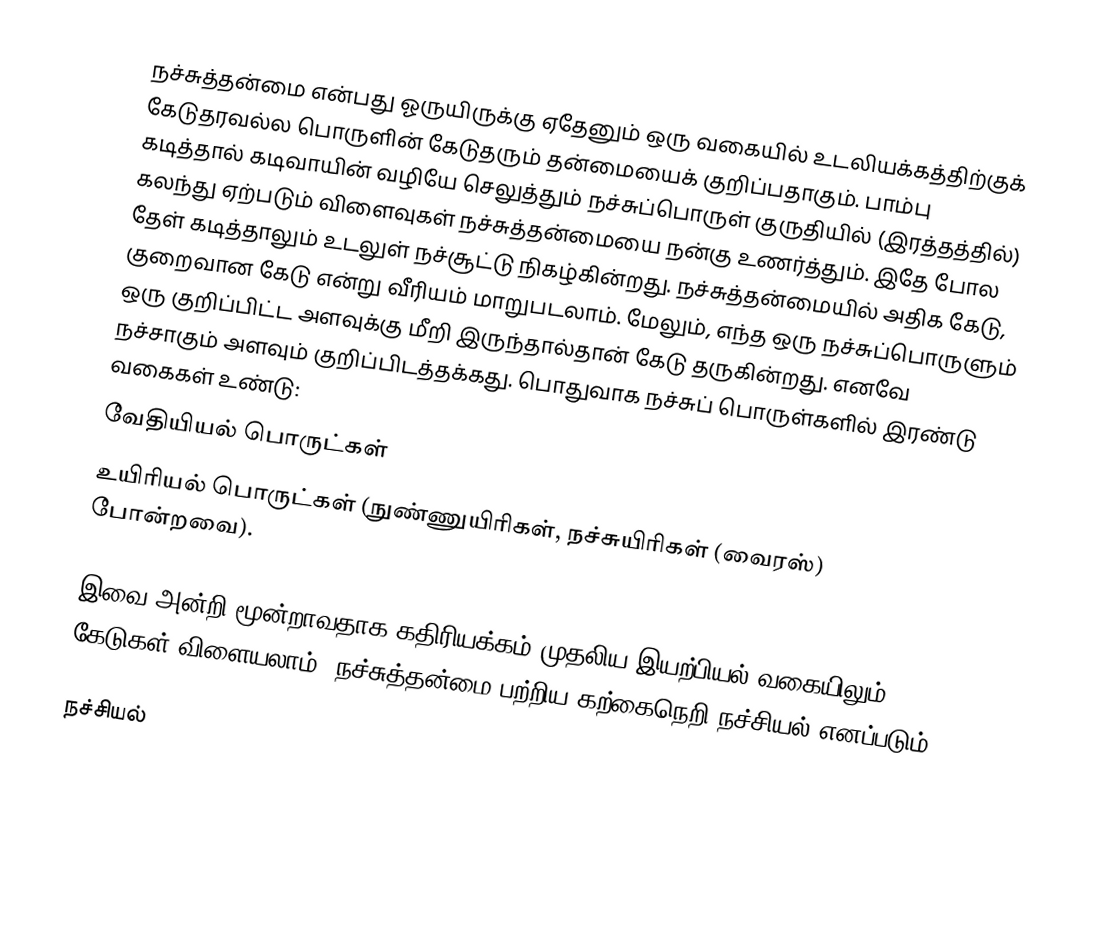
நச்சுத்தன்மை என்பது ஓருயிருக்கு ஏதேனும் ஒரு வகையில் உடலியக்கத்திற்குக் கேடுதரவல்ல பொருளின் கேடுதரும் தன்மையைக் குறிப்பதாகும். பாம்பு கடித்தால் கடிவாயின் வழியே செலுத்தும் நச்சுப்பொருள் குருதியில் (இரத்தத்தில்) கலந்து ஏற்படும் விளைவுகள் நச்சுத்தன்மையை நன்கு உணர்த்தும். இதே போல தேள் கடித்தாலும் உடலுள் நச்சூட்டு நிகழ்கின்றது. நச்சுத்தன்மையில் அதிக கேடு, குறைவான கேடு என்று வீரியம் மாறுபடலாம். மேலும், எந்த ஒரு நச்சுப்பொருளும் ஒரு குறிப்பிட்ட அளவுக்கு மீறி இருந்தால்தான் கேடு தருகின்றது. எனவே நச்சாகும் அளவும் குறிப்பிடத்தக்கது. பொதுவாக நச்சுப் பொருள்களில் இரண்டு வகைகள் உண்டு:
 வேதியியல் பொருட்கள்
 உயிரியல் பொருட்கள் (நுண்ணுயிரிகள், நச்சுயிரிகள் (வைரஸ்) போன்றவை).

இவை அன்றி மூன்றாவதாக கதிரியக்கம் முதலிய இயற்பியல் வகையிலும் கேடுகள் விளையலாம். நச்சுத்தன்மை பற்றிய கற்கைநெறி நச்சியல் எனப்படும்.

நச்சியல்